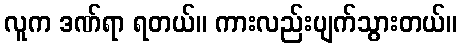
လူက ဒဏ်ရာ ရတယ်။ ကားလည်းပျက်သွားတယ်။